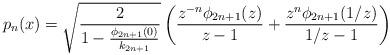
LaTeX: \begin{align*}p_n(x)=\sqrt{\frac2{1-\frac{\phi_{2n+1}(0)}{k_{2n+1}}}}\left(\frac{z^{-n}\phi_{2n+1}(z)}{z-1} + \frac{z^n\phi_{2n+1}(1/z)}{1/z-1}\right)\end{align*}